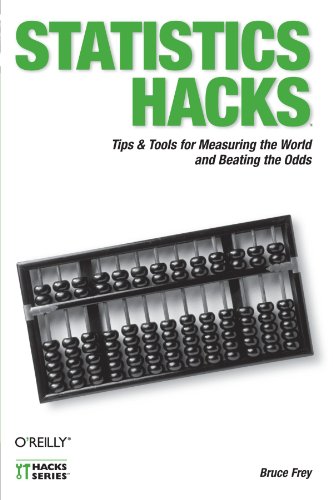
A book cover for Statistics Hacks: Tips & Tools for Measuring the World and Beating the Odds; Bruce Frey; Humor & Entertainment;